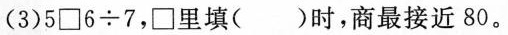
(3)5 \Box 6 \div 7，\Box 里填()时，商最接近80。